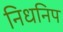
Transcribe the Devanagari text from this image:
निधनिप